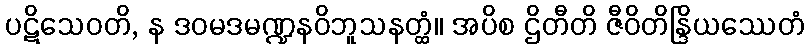
ပဋိသေဝတိ, န ဒဝမဒမဏ္ဍနဝိဘူသနတ္ထံ။ အပိစ ဌိတီတိ ဇီဝိတိန္ဒြိယဿေတံ